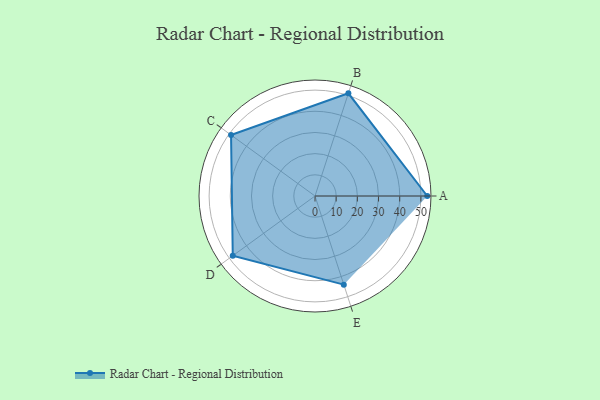
{"axis": {"x": "Skill", "y": "Score"}, "legend": ["Profile"], "data": [{"x": "A", "y": 53.0, "type": "Profile"}, {"x": "B", "y": 51.0, "type": "Profile"}, {"x": "C", "y": 49.0, "type": "Profile"}, {"x": "D", "y": 48.0, "type": "Profile"}, {"x": "E", "y": 44.0, "type": "Profile"}]}